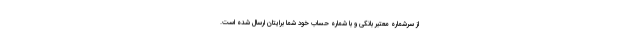
از سرشماره معتبر بانکی و با شماره حساب خود شما برایتان ارسال شده است.